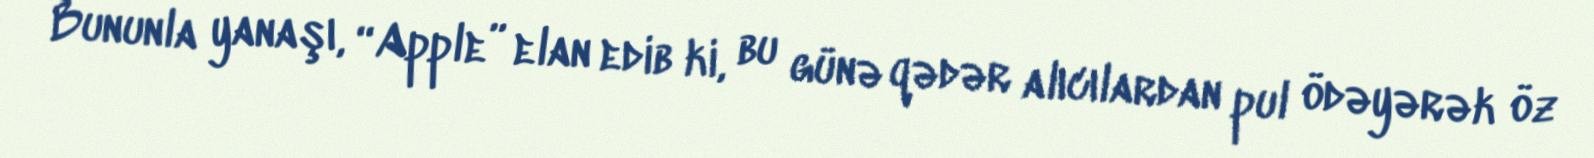
Bununla yanaşı, “Apple” elan edib ki, bu günə qədər alıcılardan pul ödəyərək öz